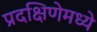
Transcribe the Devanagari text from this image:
प्रदक्षिणेमध्ये